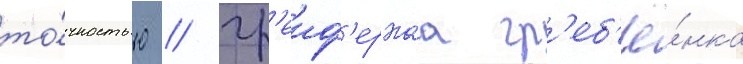
то́чностью // Гр'еиф'ернаа гр'еб'ё́нка